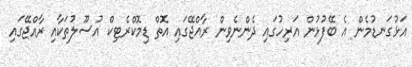
އަޅުގަނޑުމެން އެ ބޭފުޅުން އަރިހުގައި ދެންނެވިން ރާއްޖޭގައި އޮތް ޑިމޮކްރެޓިކް އުސޫލުތަކާއި ރާއްޖޭގައި